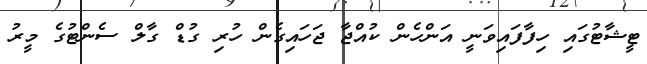
ޓީޝާޓުގައި ހިފާފައިވަނީ އަންހެން ކުއްޖާ ޖަހައިގެން ހުރި ގުޑް ގާލް ސެންޓުގެ މީރު